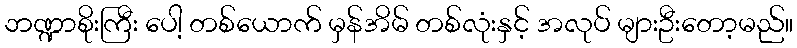
ဘဏ္ဍာစိုးကြီး ပေါ့ တစ်ယောက် မှန်အိမ် တစ်လုံးနှင့် အလုပ် များဦးတော့မည်။